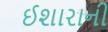
ઈશારાની